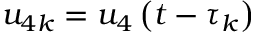
u _ { 4 k } = u _ { 4 } \left( t - \tau _ { k } \right)